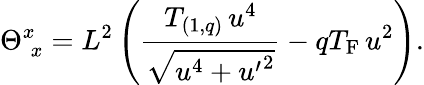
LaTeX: \Theta_{\; x}^{x}=L^{2}\left({\frac{T_{(1,q)}\, u^{4}}{\sqrt{u^{4}+{u^{\prime}}^{2}}}}-qT_{\mathrm{F}}\, u^{2}\right).